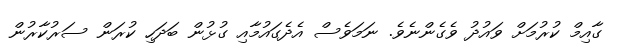
ގާއިމް ކުރުމަށް ވައުދު ވެގެންނެވެ. ނަމަވެސް އެދެގައުމާއި ގުޅުން ބަދަހި ކުރަން ސަރުކާރުން